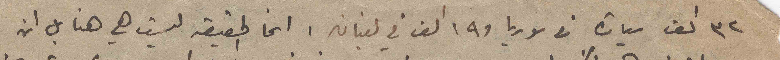
٣٢ الف سيارة من سوريا و١٩ الف في لبنان. انما الحقيقة ليست هي هنا بل ان